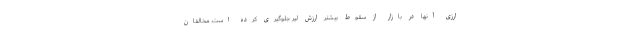
ارزی آنها در بازار از سقوط بیشتر ارزش لیر جلوگیری کرده است. مخالفان